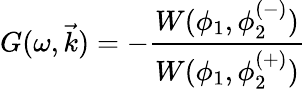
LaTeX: G(\omega,\vec{k})=-\frac{W(\phi_{1},\phi_{2}^{(-)})}{W(\phi_{1},\phi_{2}^{(+)})}